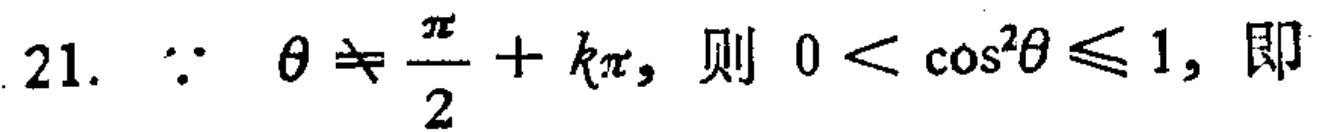
21. $\because \theta \neq \frac{\pi}{2}+k\pi$，则 $0 < \cos^{2}\theta \leq 1$，即